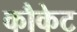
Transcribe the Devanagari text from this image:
कौकेट